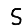
Digit: 5